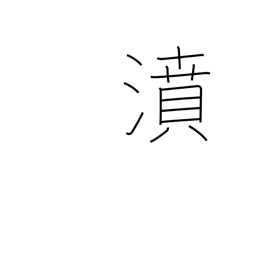
Meaning: gush forth